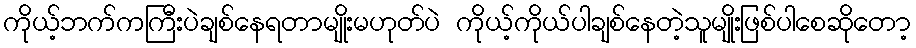
ကိုယ့်ဘက်ကကြီးပဲချစ်နေရတာမျိုးမဟုတ်ပဲ ကိုယ့်ကိုယ်ပါချစ်နေတဲ့သူမျိုးဖြစ်ပါစေဆိုတော့